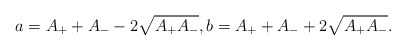
\begin{align*}a=A_{+}+A_{-}-2\sqrt{A_{+}A_{-}},b=A_{+}+A_{-}+2\sqrt{A_{+}A_{-}}.\end{align*}